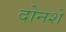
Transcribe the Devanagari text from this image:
दोनशें